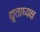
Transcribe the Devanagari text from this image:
द्यूताध्यक्ष